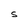
Character: S